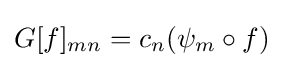
G[f]_{mn}=c_{n}(\psi _{m}\circ f)